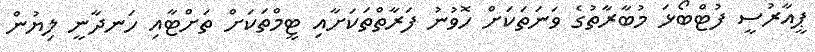
ޕީއާރުސީ ފުޓްބޯޅަ މުބާރާތުގެ ވަނަތަކަށް ހޮވުނު ފަރާތްތަކަށާއި ޓީމްތަކަށް ތަށްޓާއި ހަނދާނީ ލިޔުން